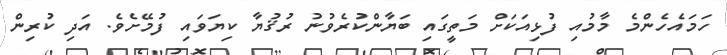
ހަމައެހެންމެ މާމުއި ފުޅިއަކަށް މަތީގައި ބަޔާންކުރެވުނު ރުޤުޔާ ކިޔަވައި ފުމޭށެވެ. އަދި ކުރިން